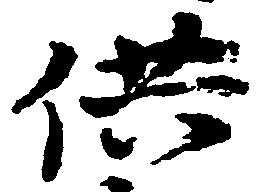
供